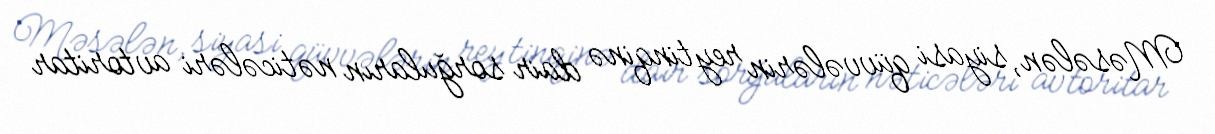
Məsələn, siyasi qüvvələrin reytinqinə dair sorğuların nəticələri avtoritar